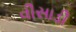
વીસાડી